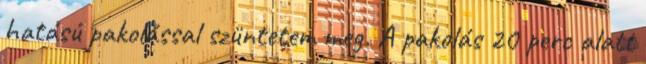
hatású pakolással szüntetem meg. A pakolás 20 perc alatt